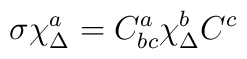
\sigma \chi^a_\Delta = C^a_{bc} \chi^b_\Delta C^c